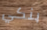
بنكي